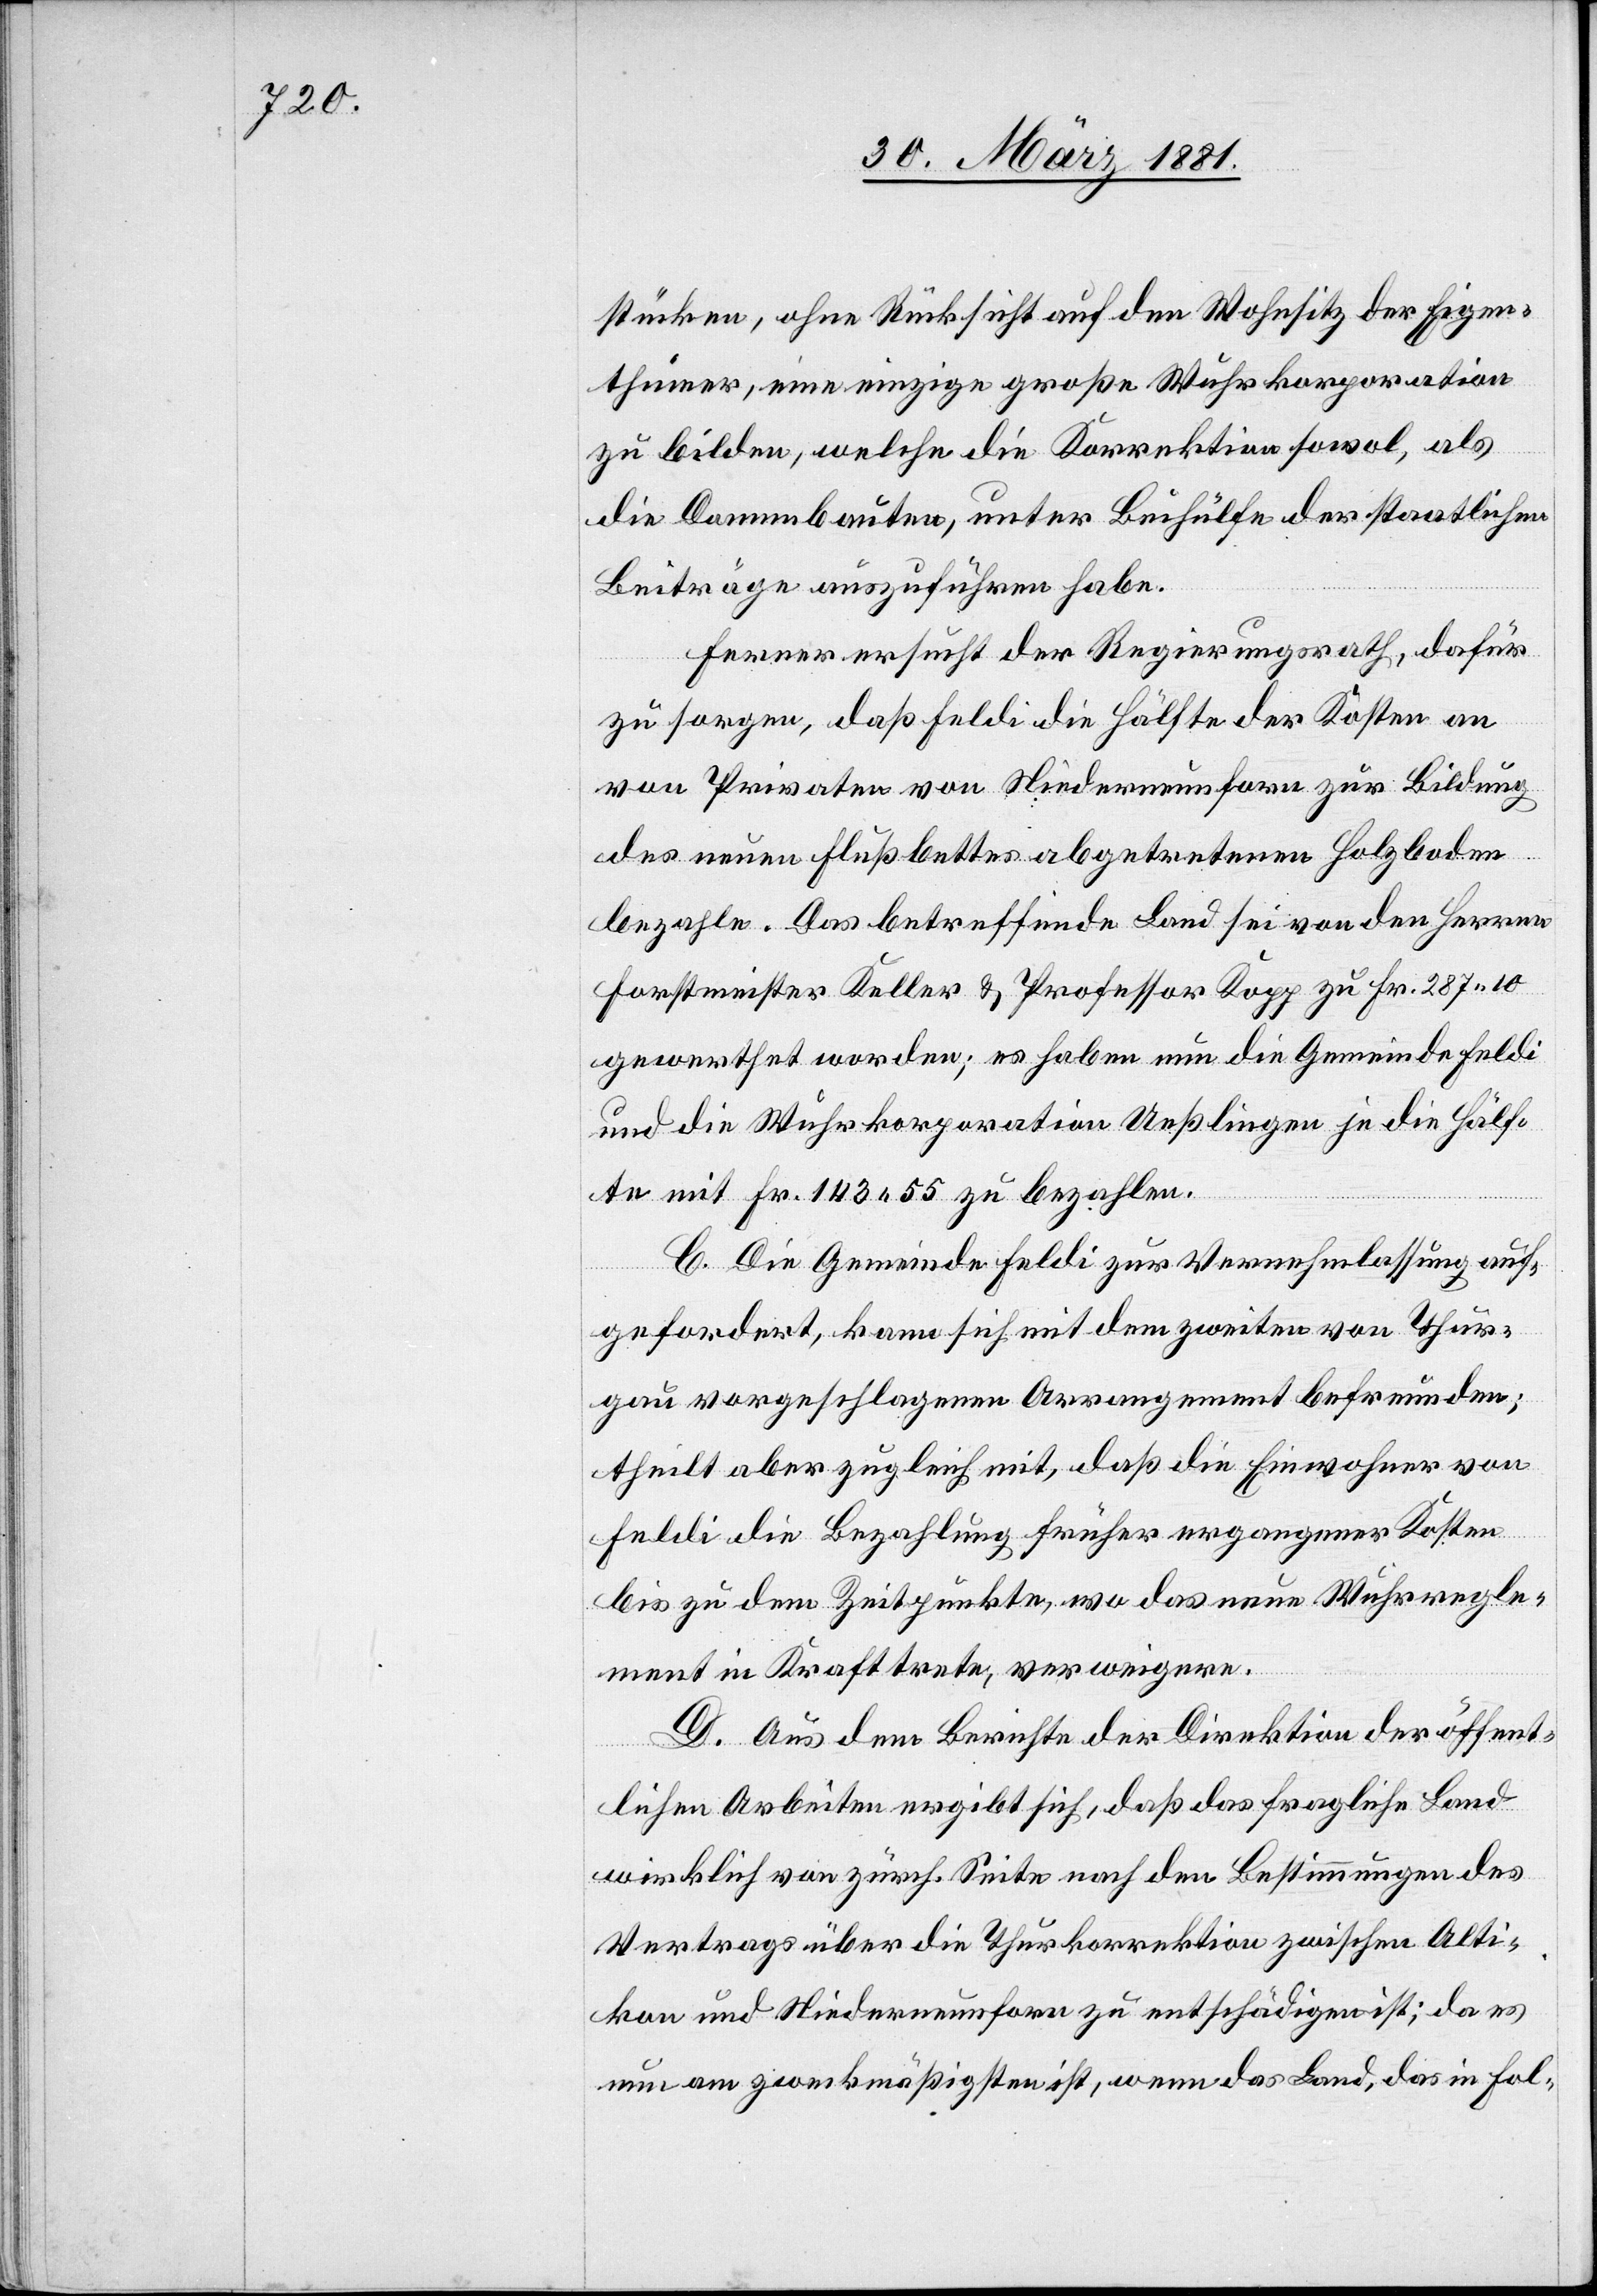
stücken, ohne Rücksicht auf den Wohnsitz der Eigen¬
thümer, eine einzige große Wuhrkorporation
zu bilden, welche die Korrektion sowol, als
die Dammbauten, unter Beihülfe der staatlichen
Beiträge auszuführen habe.
Ferner ersucht der Regierungsrath, dafür
zu sorgen, daß Feldi die Hälfte der Kosten an
von Privaten von Niederneunforn zur Bildung
des neuen Flußbettes abgetretenen Holzboden
bezahle. Das betreffende Land sei von den Herren
Forstmeister Keller & Professor Kopp zu Fr. 287 10
gewerthet worden; es haben nun die Gemeinde Feldi
und die Wuhrkorporation Ueßlingen je die Hälf¬
te mit Fr. 143 55 zu bezahlen.
C. Die Gemeinde Feldi zur Vernehmlassung auf¬
gefordert, kann sich mit dem zweiten von Thur¬
gau vorgeschlagenen Argument befreunden;
theilt aber zugleich mit, daß die Einwohner von
Feldi die Bezahlung früher ergangener Kosten
bis zu dem Zeitpunkte, wo das neue Wuhrregle¬
ment in Kraft trete, verweigere.
D. Aus dem Berichte der Direktion der öffent¬
lichen Arbeiten ergibt sich, daß das fragliche Land
wirklich von zürch. Seite nach den Bestimmungen des
Vertrags über die Thurkorrektion zwischen Alti¬
kon und Niederneunforn zu entschädigen ist; da es
nun am zweckmäßigsten ist, wenn das Land, das in Fol-